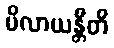
မိလာယန္တီတိ